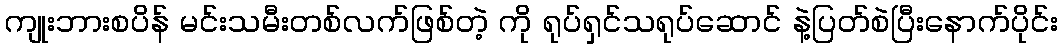
ကျုးဘားစပိန် မင်းသမီးတစ်လက်ဖြစ်တဲ့ ကို ရုပ်ရှင်သရုပ်ဆောင် နဲ့ပြတ်စဲပြီးနောက်ပိုင်း